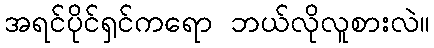
အရင်ပိုင်ရှင်ကရော ဘယ်လိုလူစားလဲ။